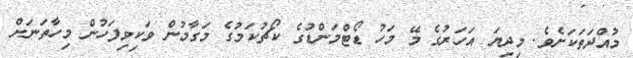
މުއްދަތަކަށެވެ. މިދިޔަ އަހަރުގެ މޭ މަހު ޑޯޓްމަންޑުގެ ކޯޗުކަމުގެ މަގާމުން ވަކިވިފަހުން މިހާތަނަށް